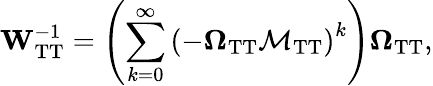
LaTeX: \mathbf{W}_{\mathrm{TT}}^{-1}=\left(\sum_{k=0}^{\infty}\left(-\mathbf{\Omega}_{\mathrm{TT}}\mathbf{\mathcal{M}}_{\mathrm{TT}}\right)^{k}\right)\mathbf{\Omega}_{\mathrm{TT}},